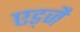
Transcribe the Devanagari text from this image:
एड्जै